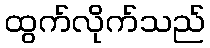
ထွက်လိုက်သည်